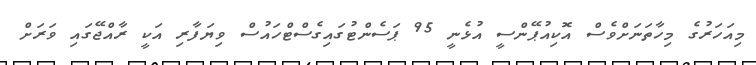
މިއަހަރުގެ މިހާތަނަށްވެސް އޮކިއުޕޭންސީ އުޅެނީ 95 ޕަސެންޓުގައިގެސްޓްހައުސް ވިޔަފާރި އަކީ ރާއްޖޭގައި ވަރަށް